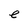
Character: e